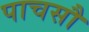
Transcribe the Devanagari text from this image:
पाचसौ